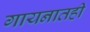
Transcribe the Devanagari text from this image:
गायनातही